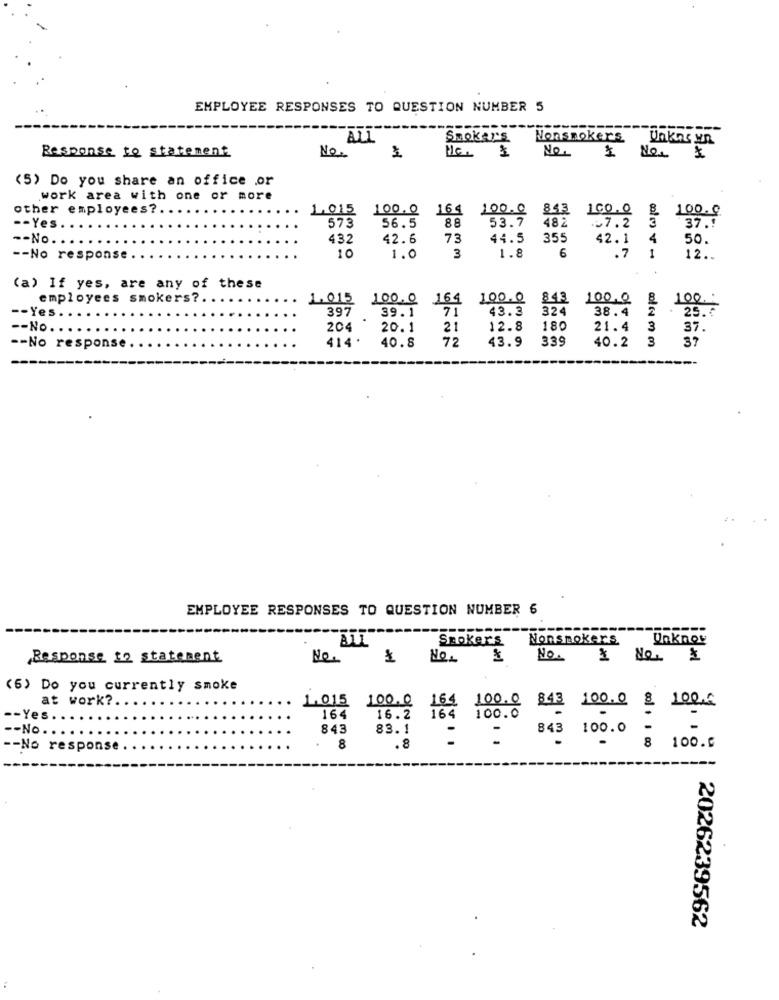
EMPLOYEE RESPONSES TO QUESTION NUMBER 5
---
Smoker's
Nonsmokers
Unkas yn
No.
Response to statement
No:
ME
1
Nos
(5) Do you share an office or
work area with one or more
other employees ?..
1,015 00o 164 100.0
843 100.0
100.0
573
56.5
88
48.2
.. 7.2
37 .!
-- Yes ...
53.7
-- No ..
432
42.6
73
44.5
355
42.1
4
50.
.7
-- No response.
10
1.0
3
1.8
6
1
12 ..
(a) If yes, are any of these
employees smokers ?.
1.015
100.0 164
100.0
843
100.0
100
397
39.1
71
43.3
324
38.4
2
25.0
-- Yes ....
-- No ....
204
20.1
21
12.8
180
21.4
3
37.
414.
72
43.9
339
40.2
3
37
-- No response
40.8
EMPLOYEE RESPONSES TO QUESTION NUMBER 6
ALI
Smokers Nonsmokers
Unknow
Response to statement
No.
No. 8
No.
No. 1
(6) Do you currently smoke
at work ?.
1.015 100.0 164 100.0 843 100.0 8 100€
-- Yes.
164
16.2 164 100.0
-- No.
843
83.1
-
-- No response
. 8
.8
100. 0
8 100.0
---
2026239562